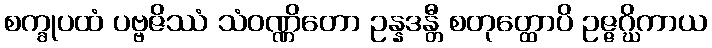
စက္ခုပထံ ပဗ္ဗဇိဿံ သံဝဏ္ဏိတော ဥန္နဒန္တီ စတုတ္ထောပိ ဥဇ္ဇဂ္ဃိကာယ